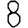
Digit: 8